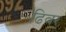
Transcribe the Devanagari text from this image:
ढिवर